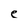
Character: e